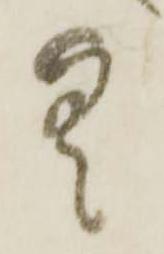
具